Annual report of the Madras Medical College
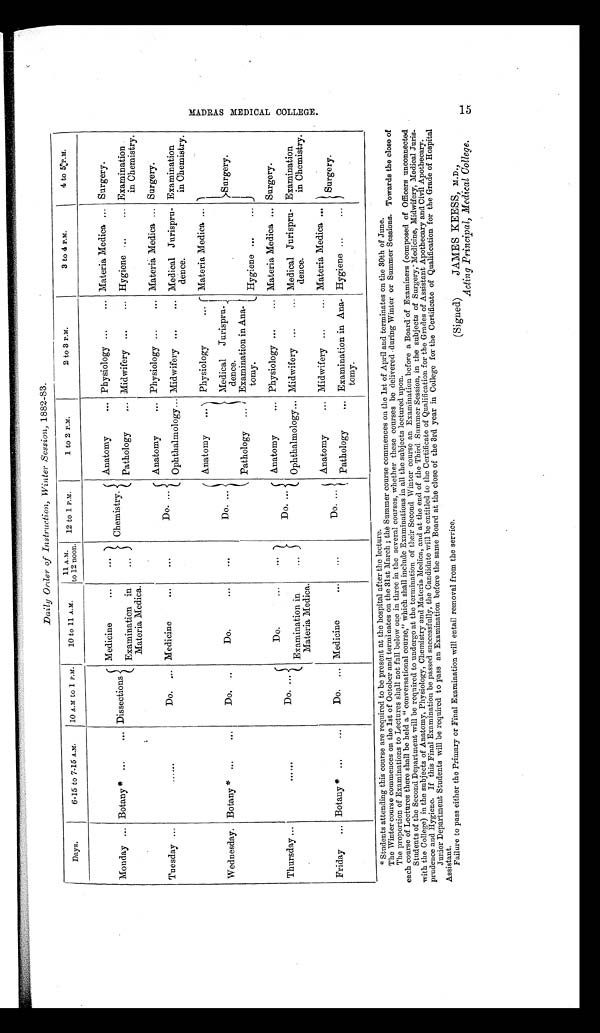
Daily Order of Instruction, Winter Session, 1882-83.
Days.
6-15 to 7-15 A.M.
10 A.M to 1 P.M.
10 to 11 A.M.
11 A.M.
to 12 noon. 12 to 1 P.M.
1 to 2 P.M.
2 to 3 P.M.
3 to 4 P.M.
4 to 5 P.M.
Monday ... Botany * ...
... Dissections
Medicine
...
...
Chemistry.
Anatomy
... Physiology ...
... Materia Medica ... Surgery.
Examination in
Materia Medica.
...
Pathology
... Midwifery ...
... Hygiene ...
... Examination
in Chemistry.
Tuesday ... ......
Do. ... Medicine
...
...
Do. ...
Anatomy
... Physiology ...
... Materia Medica ... Surgery.
Ophthalmology... Midwifery ...
... Medical Jurispru-
dence.
Examination
in Chemistry.
Wednesday. Botany * ... ...
Do. ..
Do.
... ...
Do. ...
Anatomy ...
Physiology
... Materia Medica ...
Surgery.
Medical Jurispru-
dence.
Pathology ...
Examination in Ana-
tomy.
Hygiene ...
...
Thursday ...
......
Do. ...
Do.
...
...
Do. ...
Anatomy
... Physiology ...
... Materia Medica ... Surgery.
Examination in
Materia Medica.
...
Ophthalmology... Midwifery ...
... Medical Jurispru-
dence.
Examination
in Chemistry.
Friday ... Botany * ...
...
Do. ... Medicine
... ...
Do. ...
Anatomy
... Midwifery ...
... Materia Medica ...
Surgery.
Pathology
... Examination in Ana-
tomy.
Hygiene ...
...
* Students attending this course are required to be present at the hospital after the lecture.
The Winter course commences on the 1st of October and terminates on the 31st March ; thé Summer course commences on the 1st of April and terminates on the 30th of June.
The proportion of Examinations to Lectures shall not fall below one in three in the several courses, whether these courses be delivered during Winter or Summer Sessions. Towards the close of
each course of Lectures there shall be held a " conversational course," which shall include Examinations in all the subjects lectured upon.
Students of the Second Department will be required to undergo at the termination of their Second Winter course an Examination before a Board of Examiners (composed of Officers unconnected
with the College) in the subjects of Anatomy, Physiology, Chemistry and Materia Medica, and at the end of the Third Summer Session, in the subjects of Surgery, Medicine, Midwifery, Medical Juris
-
prudence and Hygiene. If this Final Examination be passed successfully, the Candidate will be entitled to the Certificate of Qualification for the Grades of Assistant Apothecary and Civil Apothecary.
Junior Department Students will be required to pass an Examination before the same Board at the close of the 3rd year in College for the Certificate of Qualification for the Grade of Hospital
Assistant.
Failure to pass either the Primary or Final Examination will entail removal from the service.
(Signed)
JAMES KEESS, M.D.,
Acting Principal, Medical College.
M A D R A S M E D I C A L C O L L E G E . 1 5